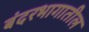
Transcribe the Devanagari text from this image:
बंदरभागातील